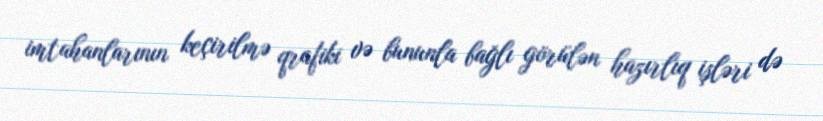
imtahanlarının keçirilmə qrafiki və bununla bağlı görülən hazırlıq işləri də